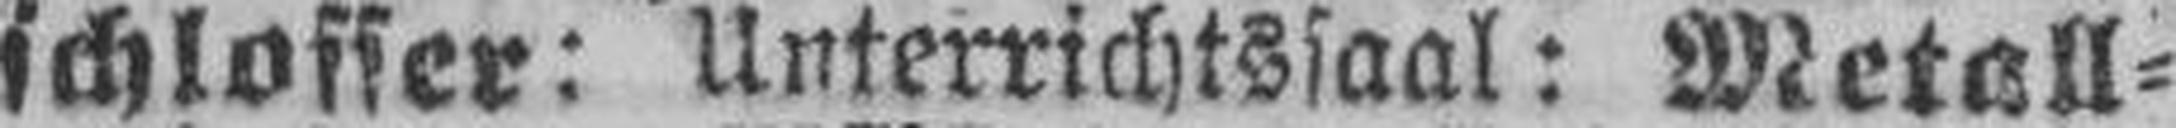
schlosser: Unterrichtssaal: Metall¬